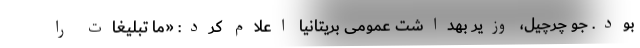
بود. جو چرچیل، وزیر بهداشت عمومی بریتانیا اعلام کرد: «ما تبلیغات را